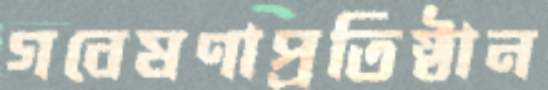
গবেষণাপ্রতিষ্ঠান